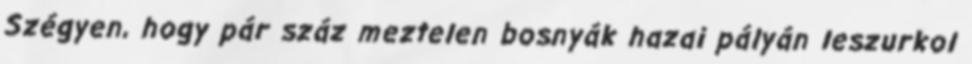
Szégyen, hogy pár száz meztelen bosnyák hazai pályán leszurkol